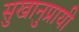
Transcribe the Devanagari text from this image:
सुखानुप्रायी